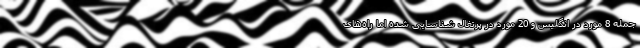
جمله 8 مورد در انگلیس و 20 مورد در پرتغال شناسایی شده اما راه‌های